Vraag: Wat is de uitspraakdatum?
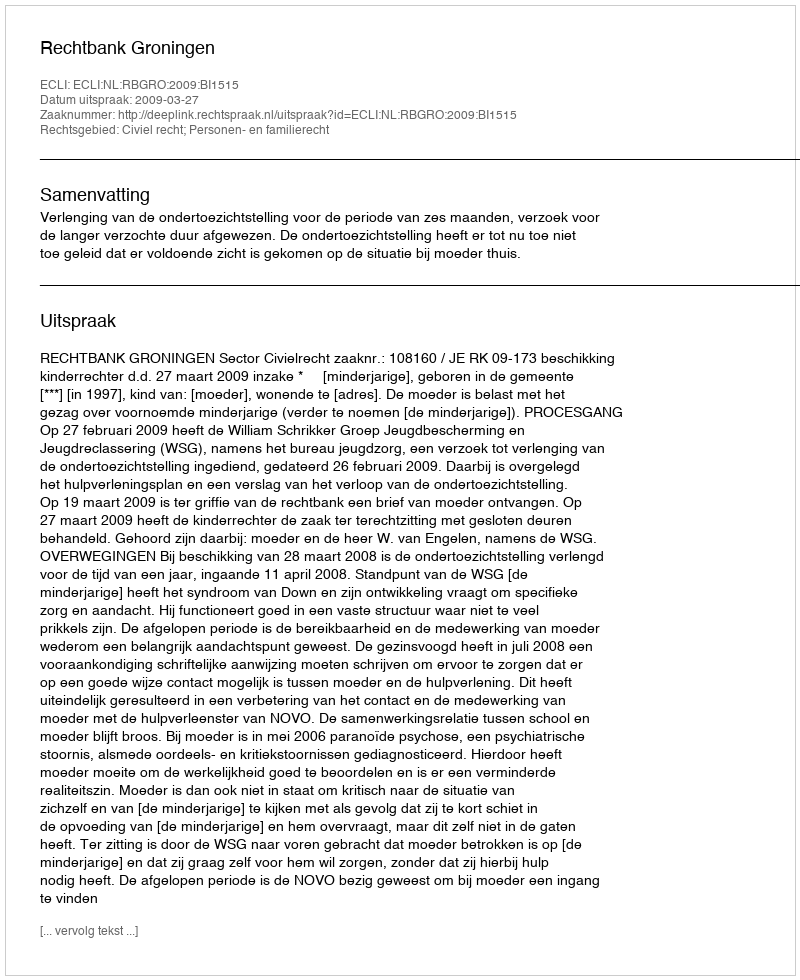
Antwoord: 2009-03-27